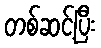
တစ်ဆင့်ပြီး